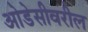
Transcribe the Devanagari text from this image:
ओडेसीवरील